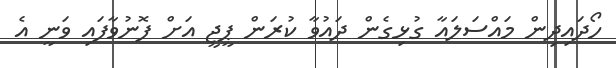
ހޯދައިދިން މައްސަލައާ ގުޅިގެން ދައުވާ ކުރަން ޕީޖީ އަށް ފޮނުވާފައި ވަނީ އެ